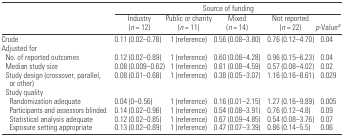
|  | <COLSPAN=5> Source of funding |
 |  | Industry (n = 12) | Public or charity (n = 11) | Mixed (n = 14) | Not reported (n = 22) | p-Valuea |
 | --- | --- | --- | --- | --- | --- |
 | Crude | 0.11 (0.02–0.78) | 1 (reference) | 0.56 (0.08–3.80) | 0.76 (0.12–4.70) | 0.04 |
 | <COLSPAN=6> Adjusted for |
 | No. of reported outcomes | 0.12 (0.02–0.89) | 1 (reference) | 0.60 (0.08–4.28) | 0.96 (0.15–6.23) | 0.04 |
 | Median study size | 0.08 (0.009–0.62) | 1 (reference) | 0.61 (0.08–4.59) | 0.57 (0.08–4.02) | 0.02 |
 | Study design (crossover, parallel, or other) | 0.08 (0.01–0.68) | 1 (reference) | 0.38 (0.05–3.07) | 1.16 (0.16–8.61) | 0.029 |
 | <COLSPAN=6> Study quality |
 | Randomization adequate | 0.04 (0–0.56) | 1 (reference) | 0.16 (0.01–2.15) | 1.27 (0.16–9.89) | 0.005 |
 | Participants and assessors blinded | 0.14 (0.02–0.96) | 1 (reference) | 0.54 (0.08–3.91) | 0.76 (0.12–4.8) | 0.09 |
 | Statistical analysis adequate | 0.12 (0.02–0.85) | 1 (reference) | 0.67 (0.09–4.85) | 0.54 (0.08–3.76) | 0.07 |
 | Exposure setting appropriate | 0.13 (0.02–0.89) | 1 (reference) | 0.47 (0.07–3.39) | 0.86 (0.14–5.5) | 0.06 |